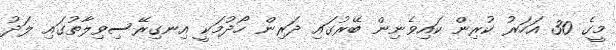
މީގެ 30 އަހަރު ކުރިން ކައިވެނިން ބޭރުގައި ދަރިން ހޯދުމަކީ އިނގިރޭސިވިލާތުގައި ލަދު